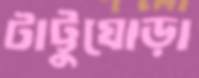
টাট্টুঘোড়া